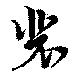
裴